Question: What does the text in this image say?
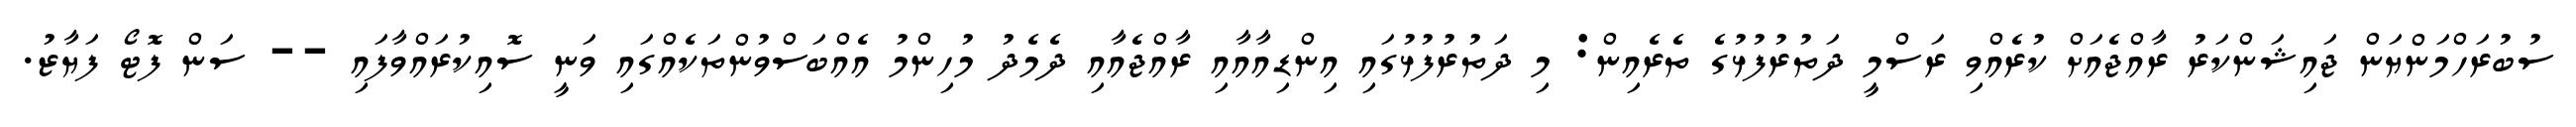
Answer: ސުބުރަހްމަންޔަން ޖައިޝަންކަރު ރާއްޖެއަށް ކުރެއްވި ރަސްމީ ދަތުރުފުޅުގެ ތެރެއިން: މި ދަތުރުފުޅުގައި އިންޑިއާއާއި ރާއްޖެއާއި ދެމެދު މުހިންމު އެއްބަސްވުންތަކެއްގައި ވަނީ ސޮއިކުރައްވާފައި -- ސަން ފޮޓޯ ފަޔާޒު.